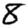
Digit: 8